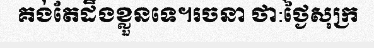
គង់តែដឹងខ្លួនទេ។រចនា ថា:ថ្ងៃសុក្រ